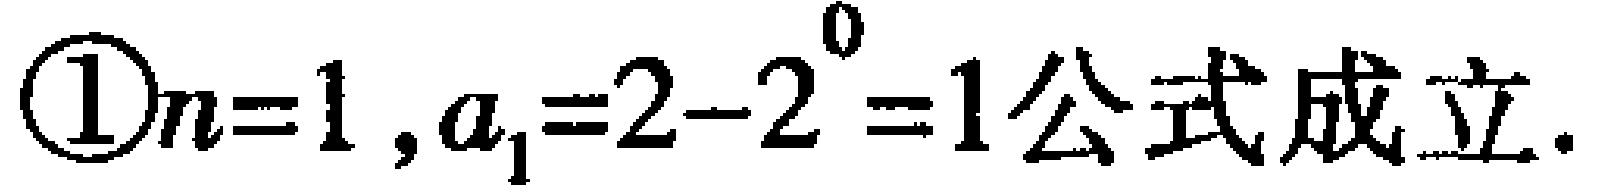
\(\textcircled{1}n = 1,a_{1}=2 - 2^{0}=1\text{公式成立}.\)